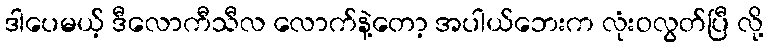
ဒါပေမယ့် ဒီလောကီသီလ လောက်နဲ့တော့ အပါယ်ဘေးက လုံးဝလွတ်ပြီ လို့